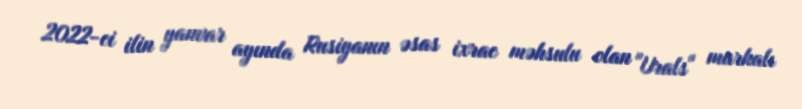
2022-ci ilin yanvar ayında Rusiyanın əsas ixrac məhsulu olan "Urals" markalı